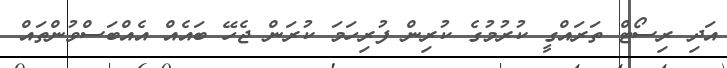
އަދި ރިސޯޓް ތަރައްގީ ކުރުމުގެ ކުރިން ފުރިހަމަ ކުރަން ޖެހޭ ބައެއް އެއްބަސްވުންތައް